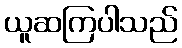
ယူဆကြပါသည်